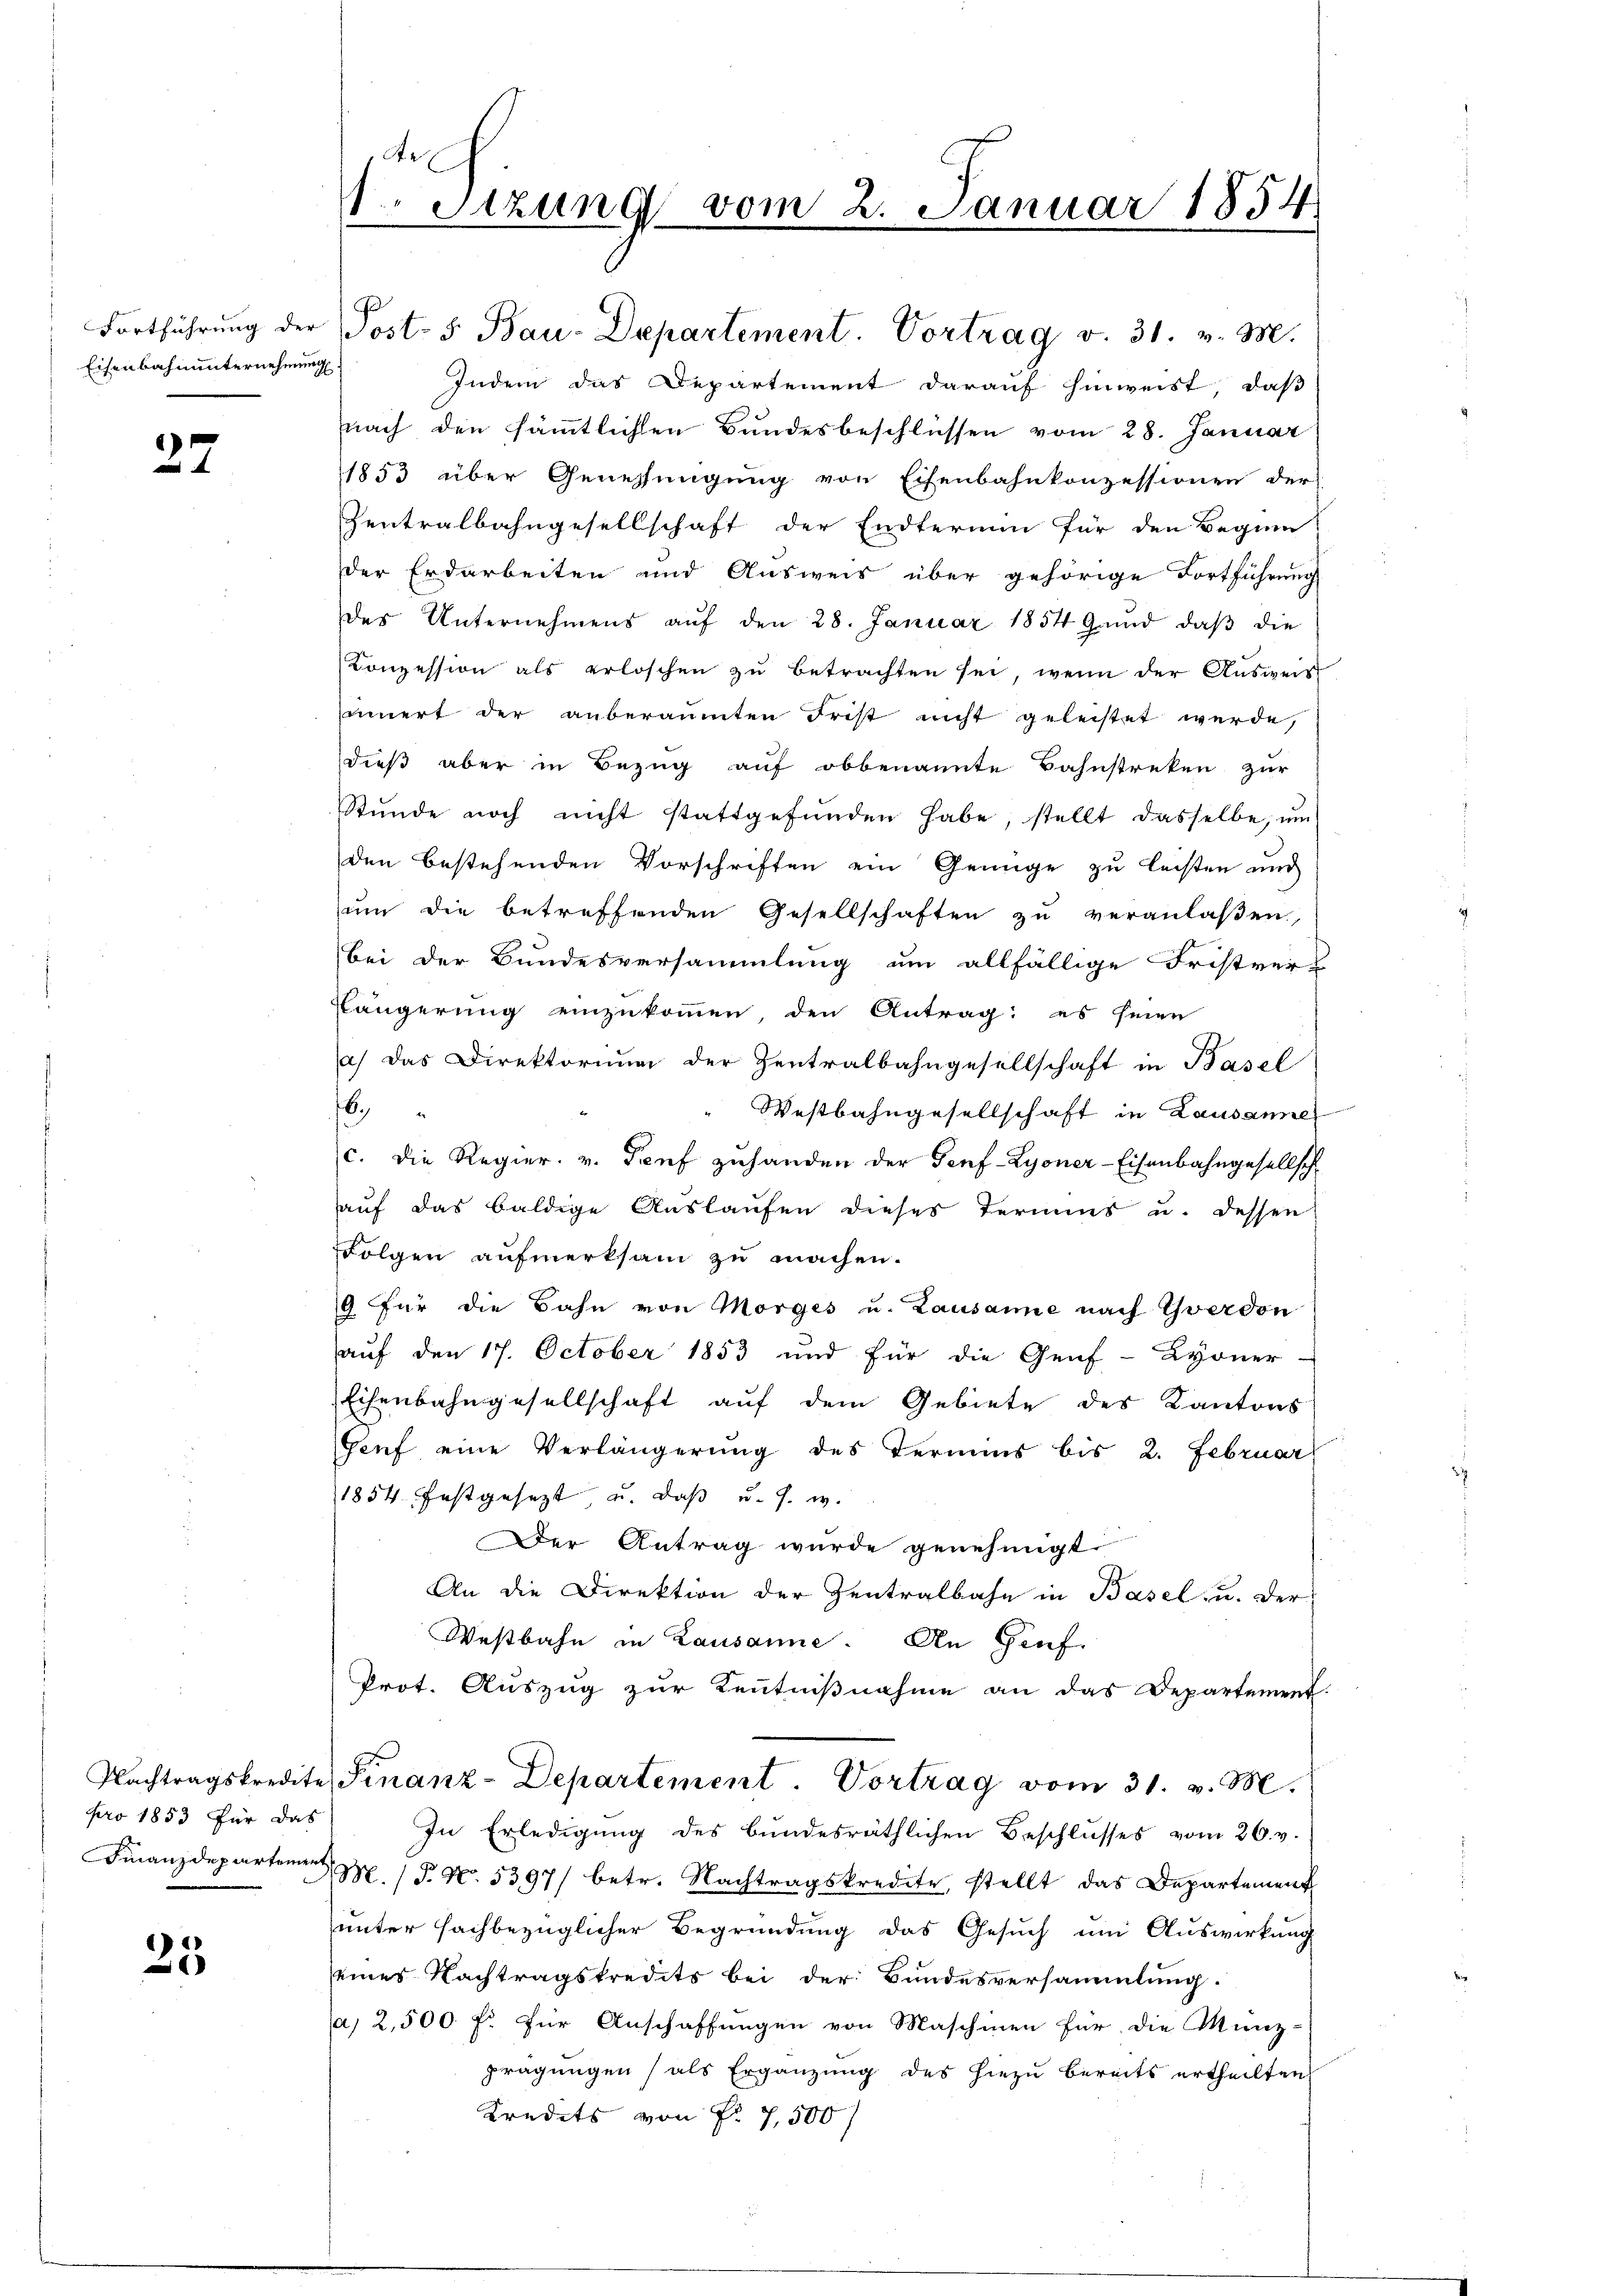
Eisenbahnunternehmung

27

pro 1853 für das

25

Fortführŭng der Post- 5. Bau-Departement. Vortrag v. 31. v. M.
Indem das Departement darauf hinweist, daß
nach den sämmtlichen Bundesbeschlüssen vom 28. Januar
1853 über Genehmigung von Eisenbahnkonzessionen der
Zentralbahngesellschaft der Endtermin für den Beginn
der Erdarbeiten und Ausweis über gehörige Fortführung
des Unternehmens aŭf den 28. Januar 1854 Grŭnd daβ die
Conzession als erloschen zŭ betrachten sei, wenn der Aŭsweis
innert der anberaumten Frist nicht geleistet werde,
dieß aber in Bezug auf obbenannte Bahnstreken zur
Stŭnde noch nicht stattgefŭnden habe, stellt dasselbe, ŭm
den bestehenden Vorschriften ein Genüge zu leisten und
um die betreffenden Gesellschaften zu veranlaßen,
bei der Bundesversammlung um allfällige Fristver-
Längerung einzukommen, den Antrag: es seien
a) das Direktorium der Zentralbahngesellschaft in Basel
6
Westbahngesellschaft in Lausannes
c. die Regier. v. Genf zuhanden der Senf-Lyoner-Eisenbahngesellsch
auf das baldige Auslaufen dieses Termins u. dessen
Folgen aufmerksam zu machen.
9 für die Bahn von Morges u. Lausanne nach Yverdon
auf den 17. October 1853 und für die Genf-Lyoner-
Eisenbahngesellschaft auf dem Gebiete des Kantons
Genf eine Verlängerung des Termins bis 2. Februar
1854 festgesezt, u. daß u. s. w.
Der Antrag wurde genehmigt
An die Direktion der Zentralbahn in Basel, u. der
Westbahn in Lausanne. An Genf.
Prot. Auszug zur Kenntnißnahme an das Departement.
Nachtragskredite Finanz-Departement. Vortrag vom 31. v. M.
In Erledigung des bundesräthlichen Beschlusses vom 26. v.
Finanzdepart. 5397/ betr. Nachtragskredite, stellt das Departement
unter sachbezüglicher Begründung das Gesuch um Auswirkung
seines Nachtragskredits bei der Bundesversammlung.
Ja, 2,500 fl für Anschaffungen von Maschinen für die Münz-
prägungen (als Ergänzung des hiezu bereits ertheilten
Kredits von Nr 7,500/

1 Sizung vom 2. Januar 1854
2

P